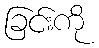
ခြင်းကို